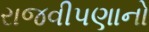
રાજવીપણાનો